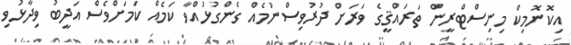
އިކޮނޮމިކް މިނިސްޓްރީން ތަރައްޤީގެ ވަރަށް ދުރުވިސްނުމެއް ގެންގުޅުއްވާ ކަމެއް ކަމަށްވެސް އަދީބު ވިދާޅުވި